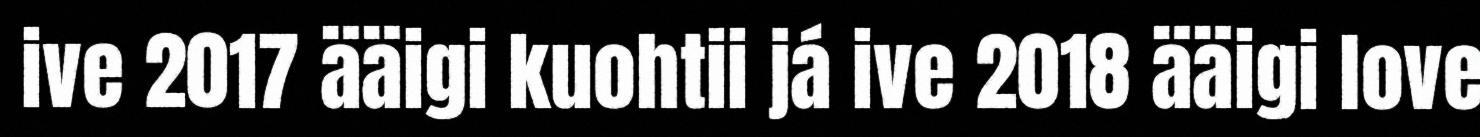
ive 2017 ääigi kuohtii já ive 2018 ääigi love